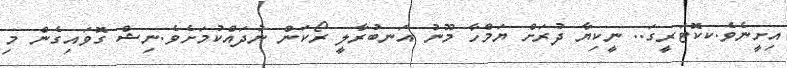
އިށީނެވެ.ކކޮޓަރީގަ.. ނީކިޔާ ދުރަށް ޔަމްހާ މޫނު އަނބުރާލީ ރޯކަން ނުދައްކުމަށެވެ.ނިޝް ގޮވައިގެން މި